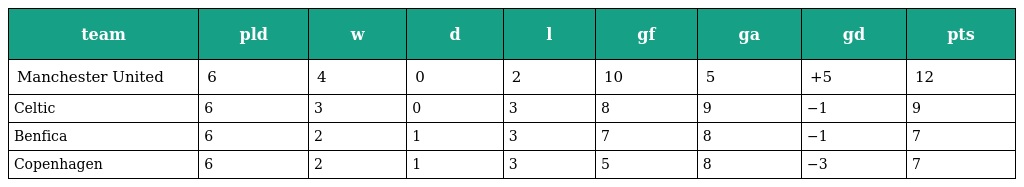
| team | pld | w | d | l | gf | ga | gd | pts |
 | --- | --- | --- | --- | --- | --- | --- | --- | --- |
 | Manchester United | 6 | 4 | 0 | 2 | 10 | 5 | +5 | 12 |
 | Celtic | 6 | 3 | 0 | 3 | 8 | 9 | −1 | 9 |
 | Benfica | 6 | 2 | 1 | 3 | 7 | 8 | −1 | 7 |
 | Copenhagen | 6 | 2 | 1 | 3 | 5 | 8 | −3 | 7 |